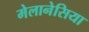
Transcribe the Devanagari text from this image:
मेलानेसिया